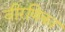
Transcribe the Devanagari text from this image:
वीरणिका